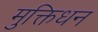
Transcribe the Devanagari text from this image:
मुक्तिधन